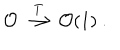
LaTeX: \mathcal { O } \stackrel { T } { \longrightarrow } \mathcal { O } ( 1 ) \ .